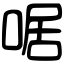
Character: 啹